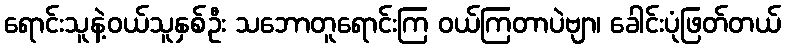
ရောင်းသူနဲ့ဝယ်သူနှစ်ဦး သဘောတူရောင်းကြ ဝယ်ကြတာပဲဗျာ၊ ခေါင်းပုံဖြတ်တယ်